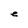
Character: e